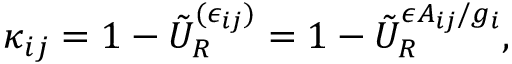
\kappa _ { i j } = 1 - \tilde { U } _ { R } ^ { ( \epsilon _ { i j } ) } = 1 - \tilde { U } _ { R } ^ { \epsilon A _ { i j } / g _ { i } } ,